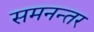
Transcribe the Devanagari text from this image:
समनन्तर